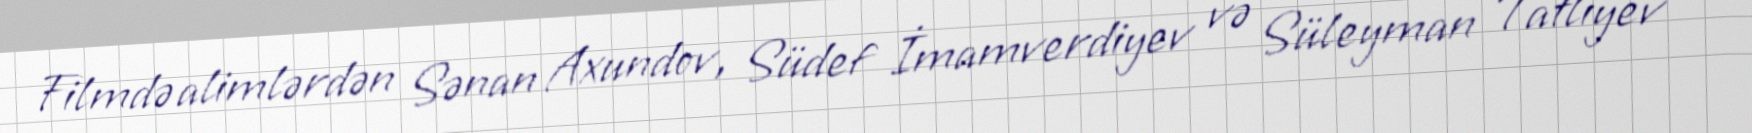
Filmdə alimlərdən Sənan Axundov, Südef İmamverdiyev və Süleyman Tatlıyev